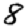
Digit: 8